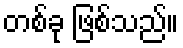
တစ်ခု ဖြစ်သည်။